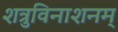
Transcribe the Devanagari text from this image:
शत्रुविनाशनम्